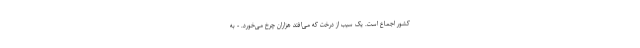
کشور اجماع است. یک سیب از درخت که می‌افتد هزاران چرخ می‌خورد. - به